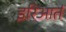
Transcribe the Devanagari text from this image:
इरिआर्त